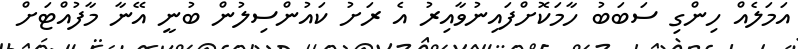
އަމަލެއް ހިންގި ސަބަބު ހާމަކޮށްފައިނުވާއިރު އެ ރަށު ކައުންސިލުން ބުނީ އޭނާ މާފުއްޓަށް